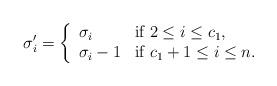
LaTeX: \begin{align*}\sigma'_i=\left\{\begin{array}{ll} \sigma_i & \mbox{if $2\leq i\leq c_1$}, \\ \sigma_i-1 & \mbox{if $c_1+1\leq i\leq n$.}\end{array}\right.\end{align*}